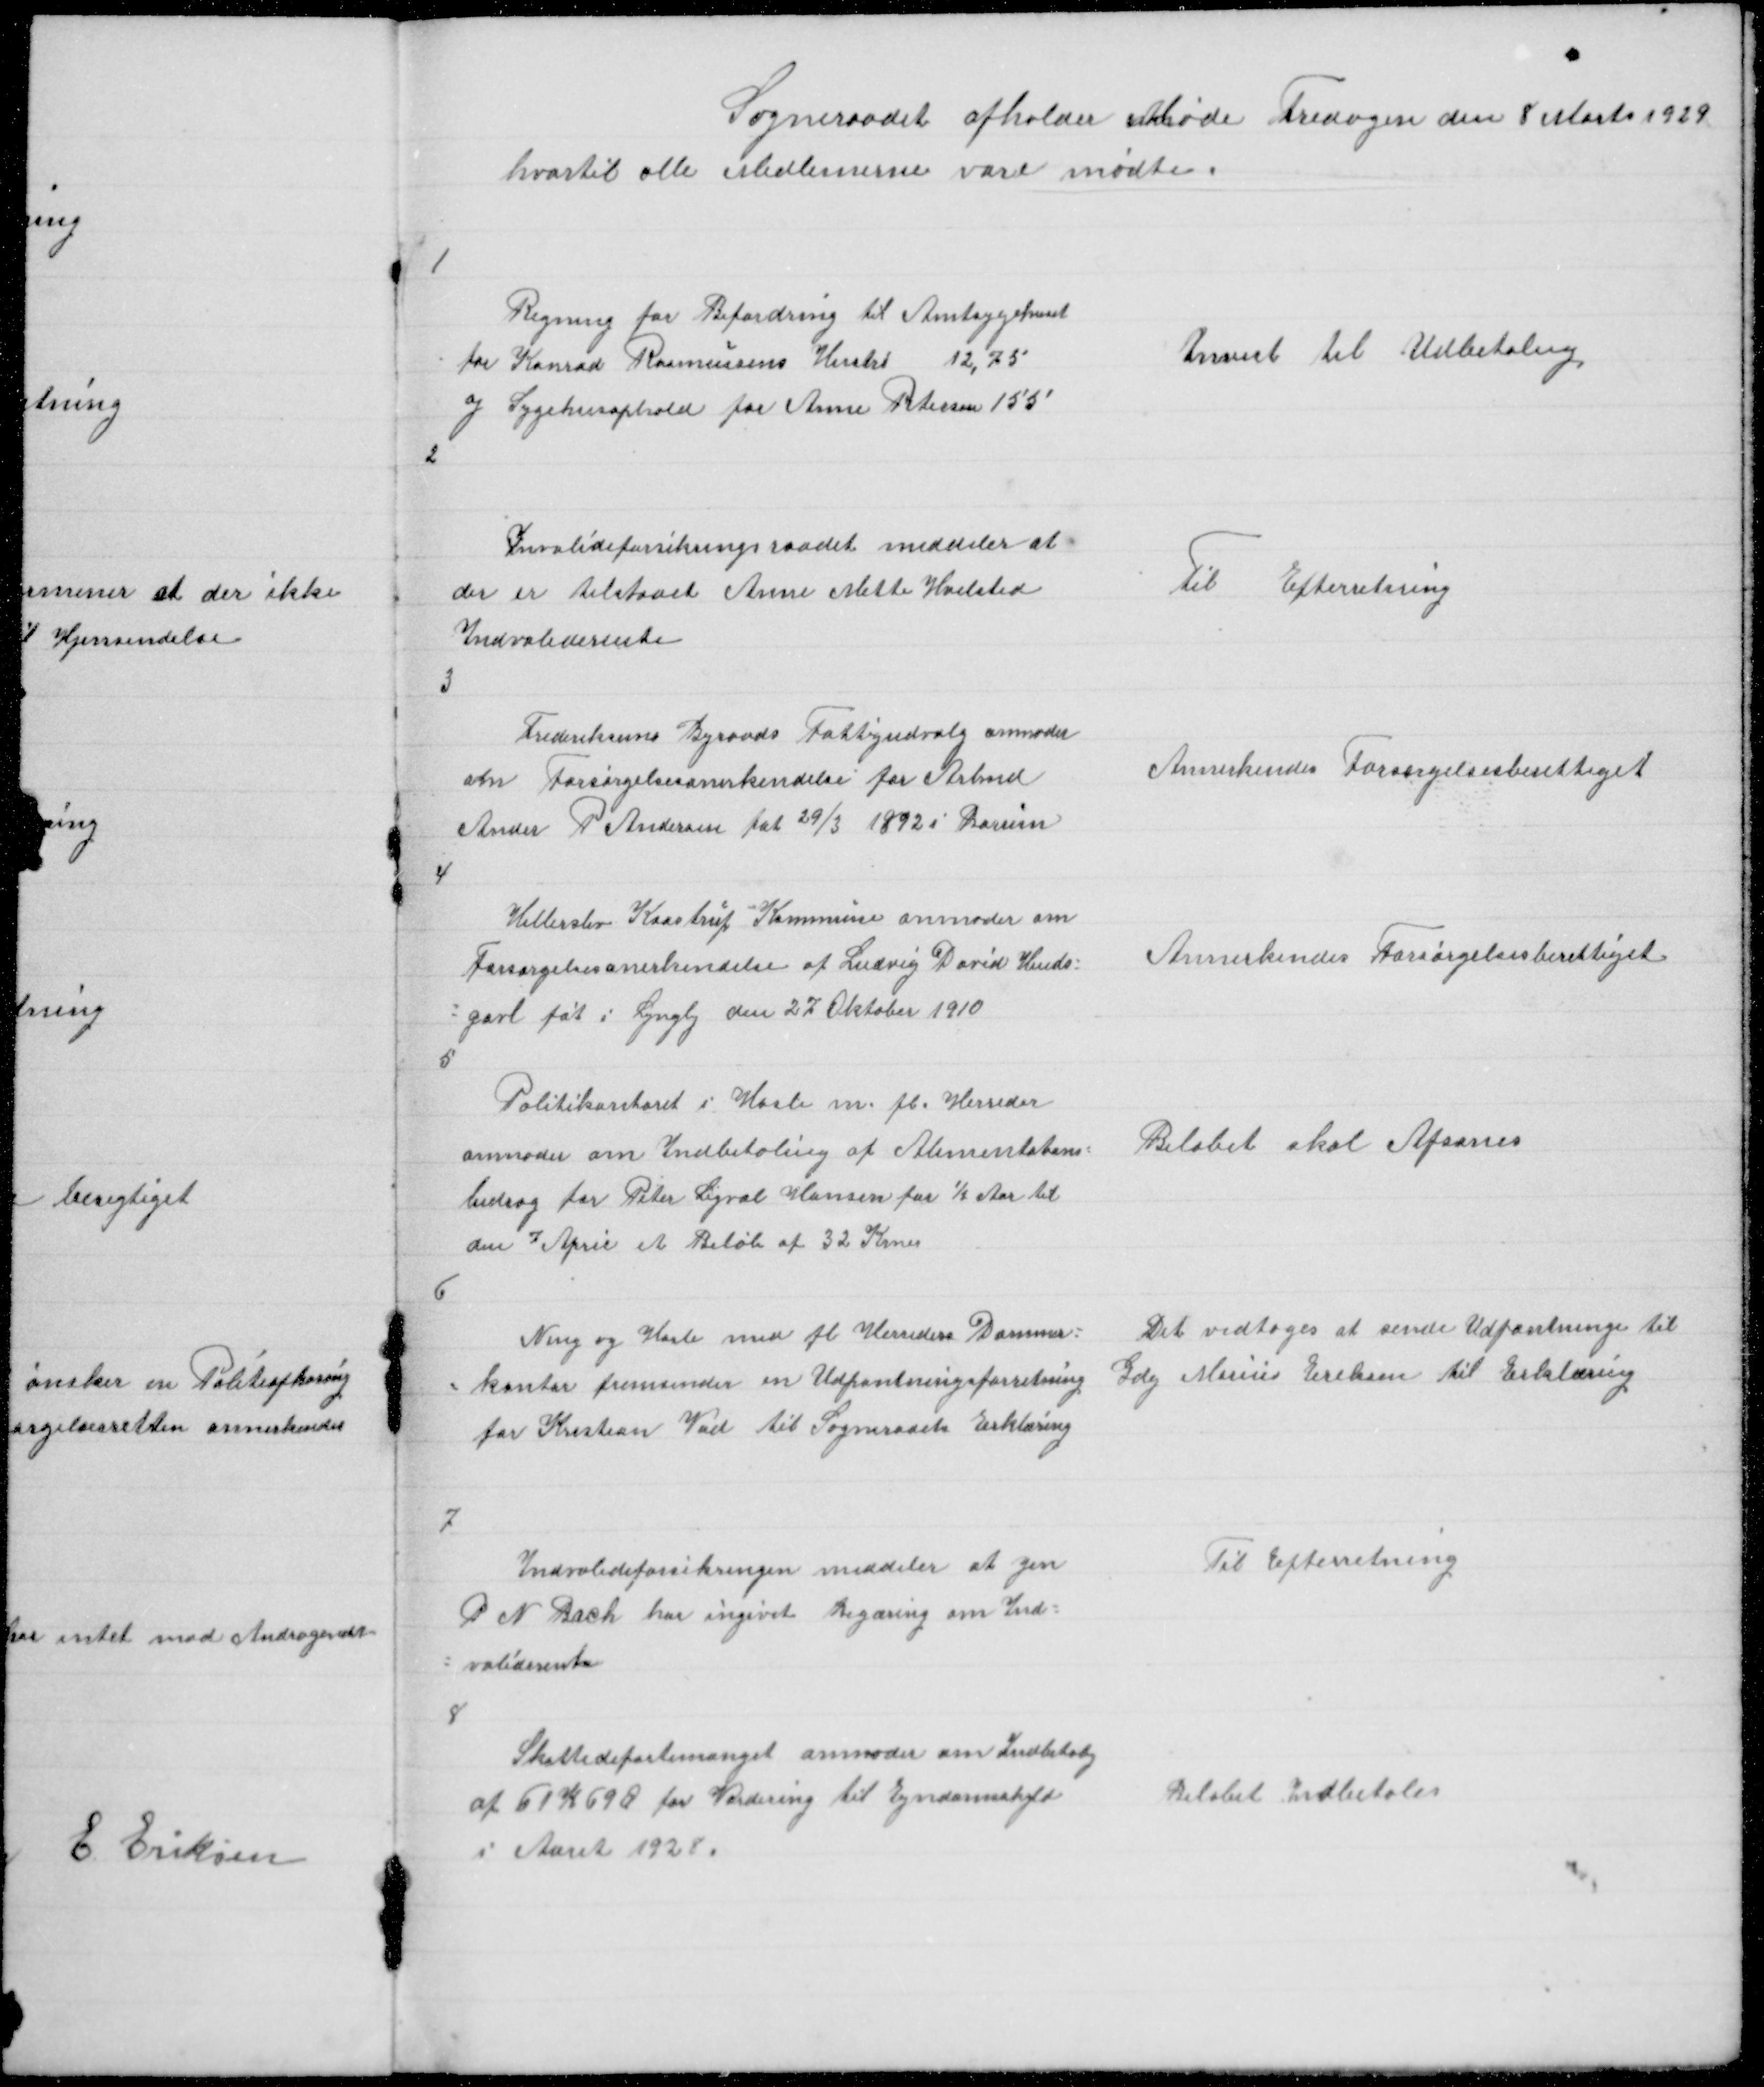
Transskription:
Sogneraadet afholder Møde Fredagen den 8 Marts 1929
hvortil alle Medlemerne vare mødte

1

Regning for Befordring til Amtsygehuset
for Konrad Rasmussens Hustru 12,75
og Sygehusophold for Anne Petersen 155

Anvist til Udbetaling

2

Invalideforsikringsraadet meddeler at
der er tilstaaet Anne Mette Hvilsted
Indvaliderente

Til Efterretning

3

Frederiksuns Byraads Fattigudvalg anmoder
om Forsørgelsesanerkendelse for Arbmd
Ander P Andersen føt 29/3 1892 i Borum

Annerkendes Forsørgelsesberettiget

4

Hillerslev Kaastrup Kommune anmoder om
Forsørgelsesanerkendelse af Ludvig David Hinds =
= gavl føt i Lyngby den 27 Oktober 1910

Annerkendes Forsørgelsesberettiget

5

Politikontoret i Hasle m fl. Herreder
anmoder om Indbetaling af Alimentations =
bidrag for Peter Sigval Hansen for ½ Aar til
den 7 April et Beløb af 32 Krner

Beløbet skal Afsones

6

Ning og Hasle med fl Herreders Dommer =
= kontor fremsender en Udpantningsforretning
for Kristian Vad til Sogneraadets Erklæring

Det vedtoges at sende Udpantningen til
Gdej Marius Eriksen Erklæring

7

Indvalideforsikringen meddeler at Jen
P N Bach har ingivet Begæring om Ind =
= validerente

Til Efterretning

8

Skattedepartemanget anmoder om Indbetalg
af 61 K 69 Ø for Vurdering til Ejndomsskyld
i Aaret 1928

Beløbet Indbetales